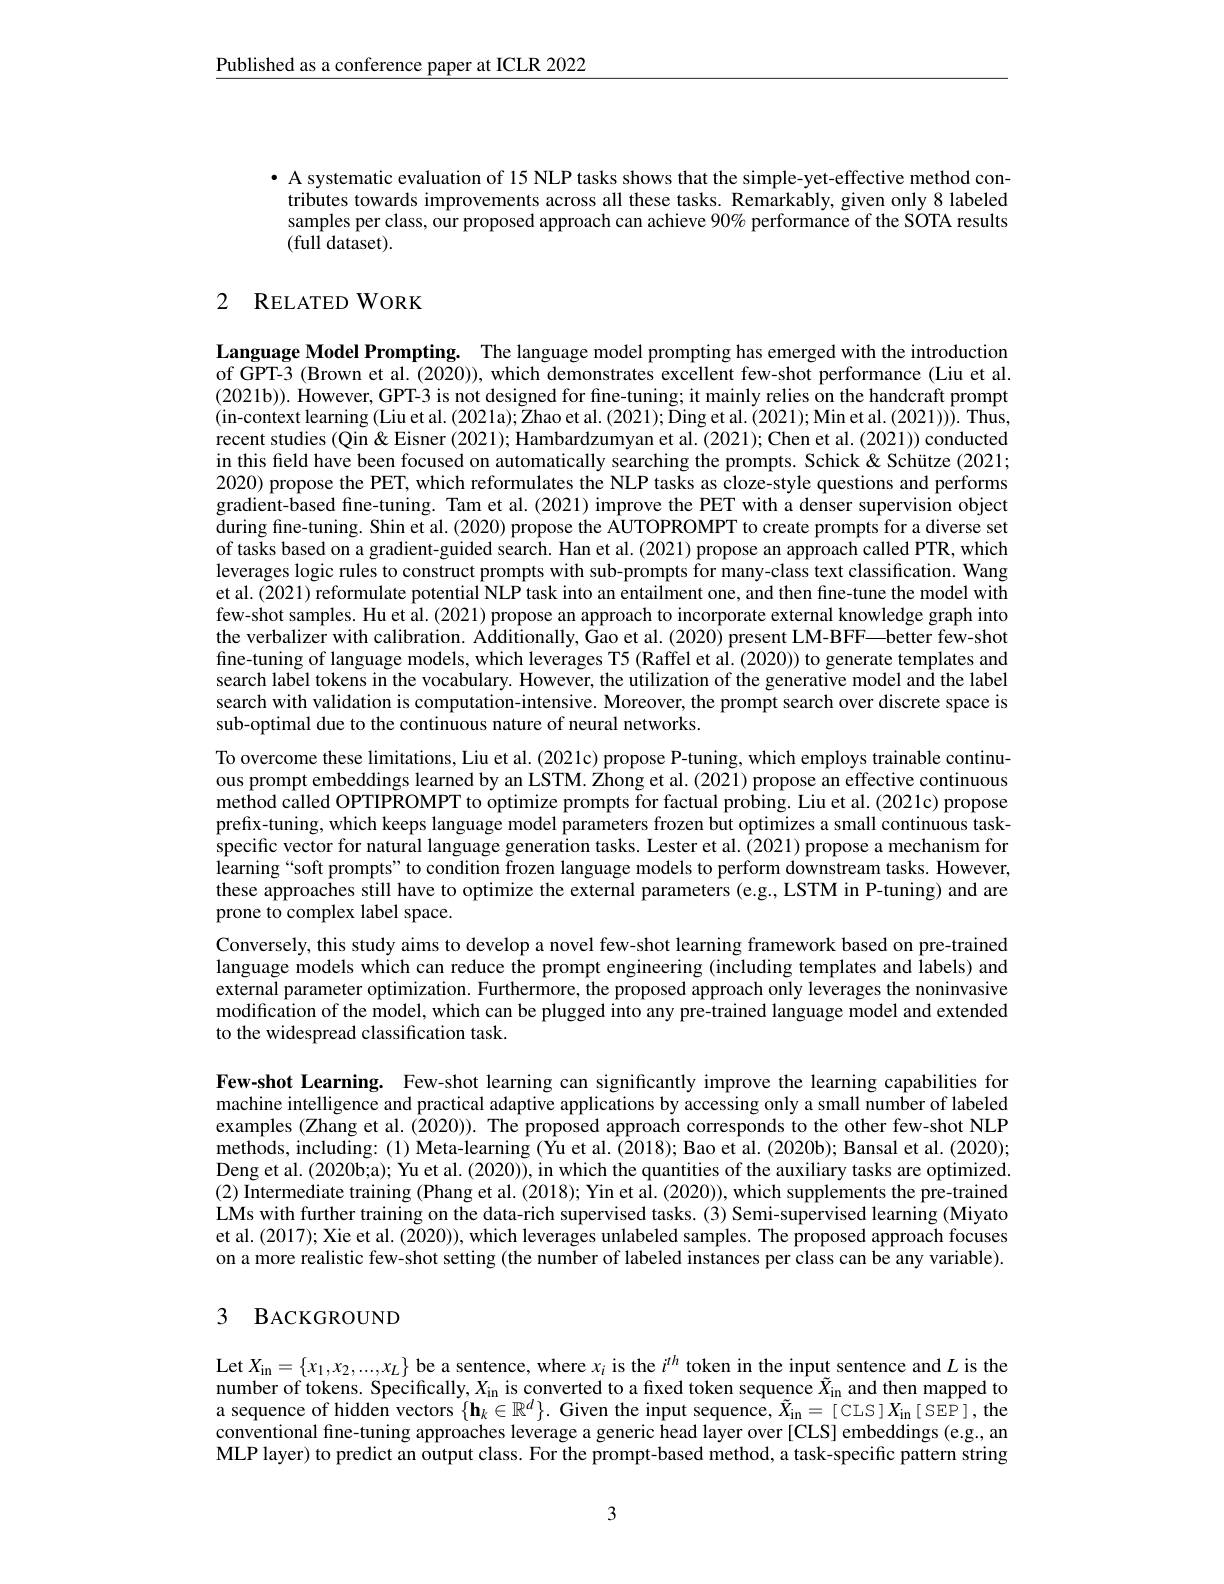
$\underline{\text{Published as a conference paper at ICLR 2022}}$

· A systematic evaluation of 15 NLP tasks shows that the simple-yet-effective method contributes towards improvements across all these tasks. Remarkably, given only 8 labeled samples per class, our proposed approach can achieve $90\%$ performance of the SOTA results $(\overset{\mathrm{full~dataset}}{\operatorname*{\operatorname*{\operatorname*{dataset}}}}).$

## 2 RELATED WORK

Language Model Prompting. The language model prompting has emerged with the introduction of GPT-3 (Brown et al. (2020)), which demonstrates excellent few-shot performance (Liu et al. (2021b)). However, GPT-3 is not designed for fine-tuning; it mainly relies on the handcraft prompt (in-context learning (Liu et al. (2021a); Zhao et al. (2021); Ding et al. (2021); Min et al. (2021))). Thus, recent studies (Qin&Eisner (2021);Hambardzumyan et al. (2021); Chen et al. (2021)) conducted in this field have been focused on automatically searching the prompts. Schick & Schütze (2021; 2020) propose the PET, which reformulates the NLP tasks as cloze-style questions and performs gradient-based fine-tuning. Tam et al.(2021) improve the PET with a denser supervision object during fine-tuning. Shin et al.(2020) propose the AUTOPROMPT to create prompts for a diverse set of tasks based on a gradient-guided search. Han et al. (2021) propose an approach called PTR, which leverages logic rules to construct prompts with sub-prompts for many-class text classification. Wang et al. (2021) reformulate potential NLP task into an entailment one, and then fine-tune the model with few-shot samples. Hu et al.(2021) propose an approach to incorporate external knowledge graph into the verbalizer with calibration. Additionally, Gao et al. (2020) present LM-BFF—better few-shot fine-tuning of language models, which leverages T5 (Raffel et al. (2020)) to generate templates and search label tokens in the vocabulary. However, the utilization of the generative model and the label search with validation is computation-intensive. Moreover, the prompt search over discrete space is sub-optimal due to the continuous nature of neural networks.

To overcome these limitations, Liu et al. (2021c) propose P-tuning, which employs trainable continuous prompt embeddings learned by an LSTM. Zhong et al. (2021) propose an effective continuous method called OPTIPROMPT to optimize prompts for factual probing. Liu et al.(2021c) propose prefix-tuning, which keeps language model parameters frozen but optimizes a small continuous taskspecific vector for natural language generation tasks. Lester et al. $\hat{(2021)}$ propose a mechanism for learning“soft prompts”to condition frozen language models to perform downstream tasks. However, these approaches still have to optimize the external parameters (e.g., LSTM in P-tuning) and are prone to complex label space.
Conversely, this study aims to develop a novel few-shot learning framework based on pre-trained language models which can reduce the prompt engineering (including templates and labels) and external parameter optimization. Furthermore, the proposed approach only leverages the noninvasive modification of the model, which can be plugged into any pre-trained language model and extended to the widespread classification task.

Few-shot Learning. Few-shot learning can significantly improve the learning capabilities for machine intelligence and practical adaptive applications by accessing only a small number of labeled examples (Zhang et al. (2020)). The proposed approach corresponds to the other few-shot NLP methods, including: (1) Meta-learning (Yu et al. (2018); Bao et al. (2020b); Bansal et al. (2020); Deng et al. (2020b;a); Yu et al. (2020)), in which the quantities of the auxiliary tasks are optimized. (2) Intermediate training (Phang et al. (2018); Yin et al. (2020)), which supplements the pre-trained LMs with further training on the data-rich supervised tasks. (3) Semi-supervised learning (Miyato et al. (2017); Xie et al. (2020)), which leverages unlabeled samples. The proposed approach focuses on a more realistic few-shot setting (the number of labeled instances per class can be any variable).

### 3 BACKGROUND

Let$X_{\mathrm{in}}= \{ x_1, x_2, . . . , x_L\}$ be a sentence, where $x_i$ is the $i^{\prime h}$ token in the input sentence and $L$ is the number of tokens. Specifically, $X_\mathrm{in}$ is converted to a fixed token sequence $\tilde{X}_\mathrm{in}$ and then mapped to a sequence of hidden vectors $\{\mathbf{h}_k\in\mathbb{R}^d\}.$ Given the input sequence, $\tilde{X}_\mathrm{in}=[$ CLS ]$X_\mathrm{in}[$ SEP ], the conventional fine-tuning approaches leverage a generic head layer over [CLS] embeddings (e.g., an MLP layer) to predict an output class. For the prompt-based method, a task-specific pattern string

3